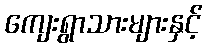
ကျေးရွာသားများနှင့်